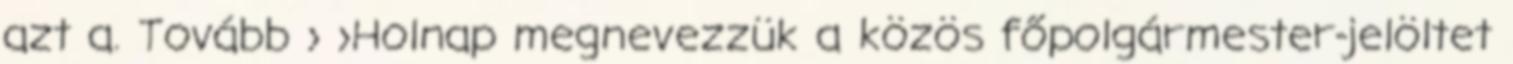
azt a. Tovább › ›Holnap megnevezzük a közös főpolgármester-jelöltet